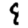
Digit: 8